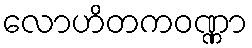
လောဟိတကဝဏ္ဏာ